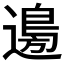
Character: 𮞽